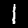
Digit: 1